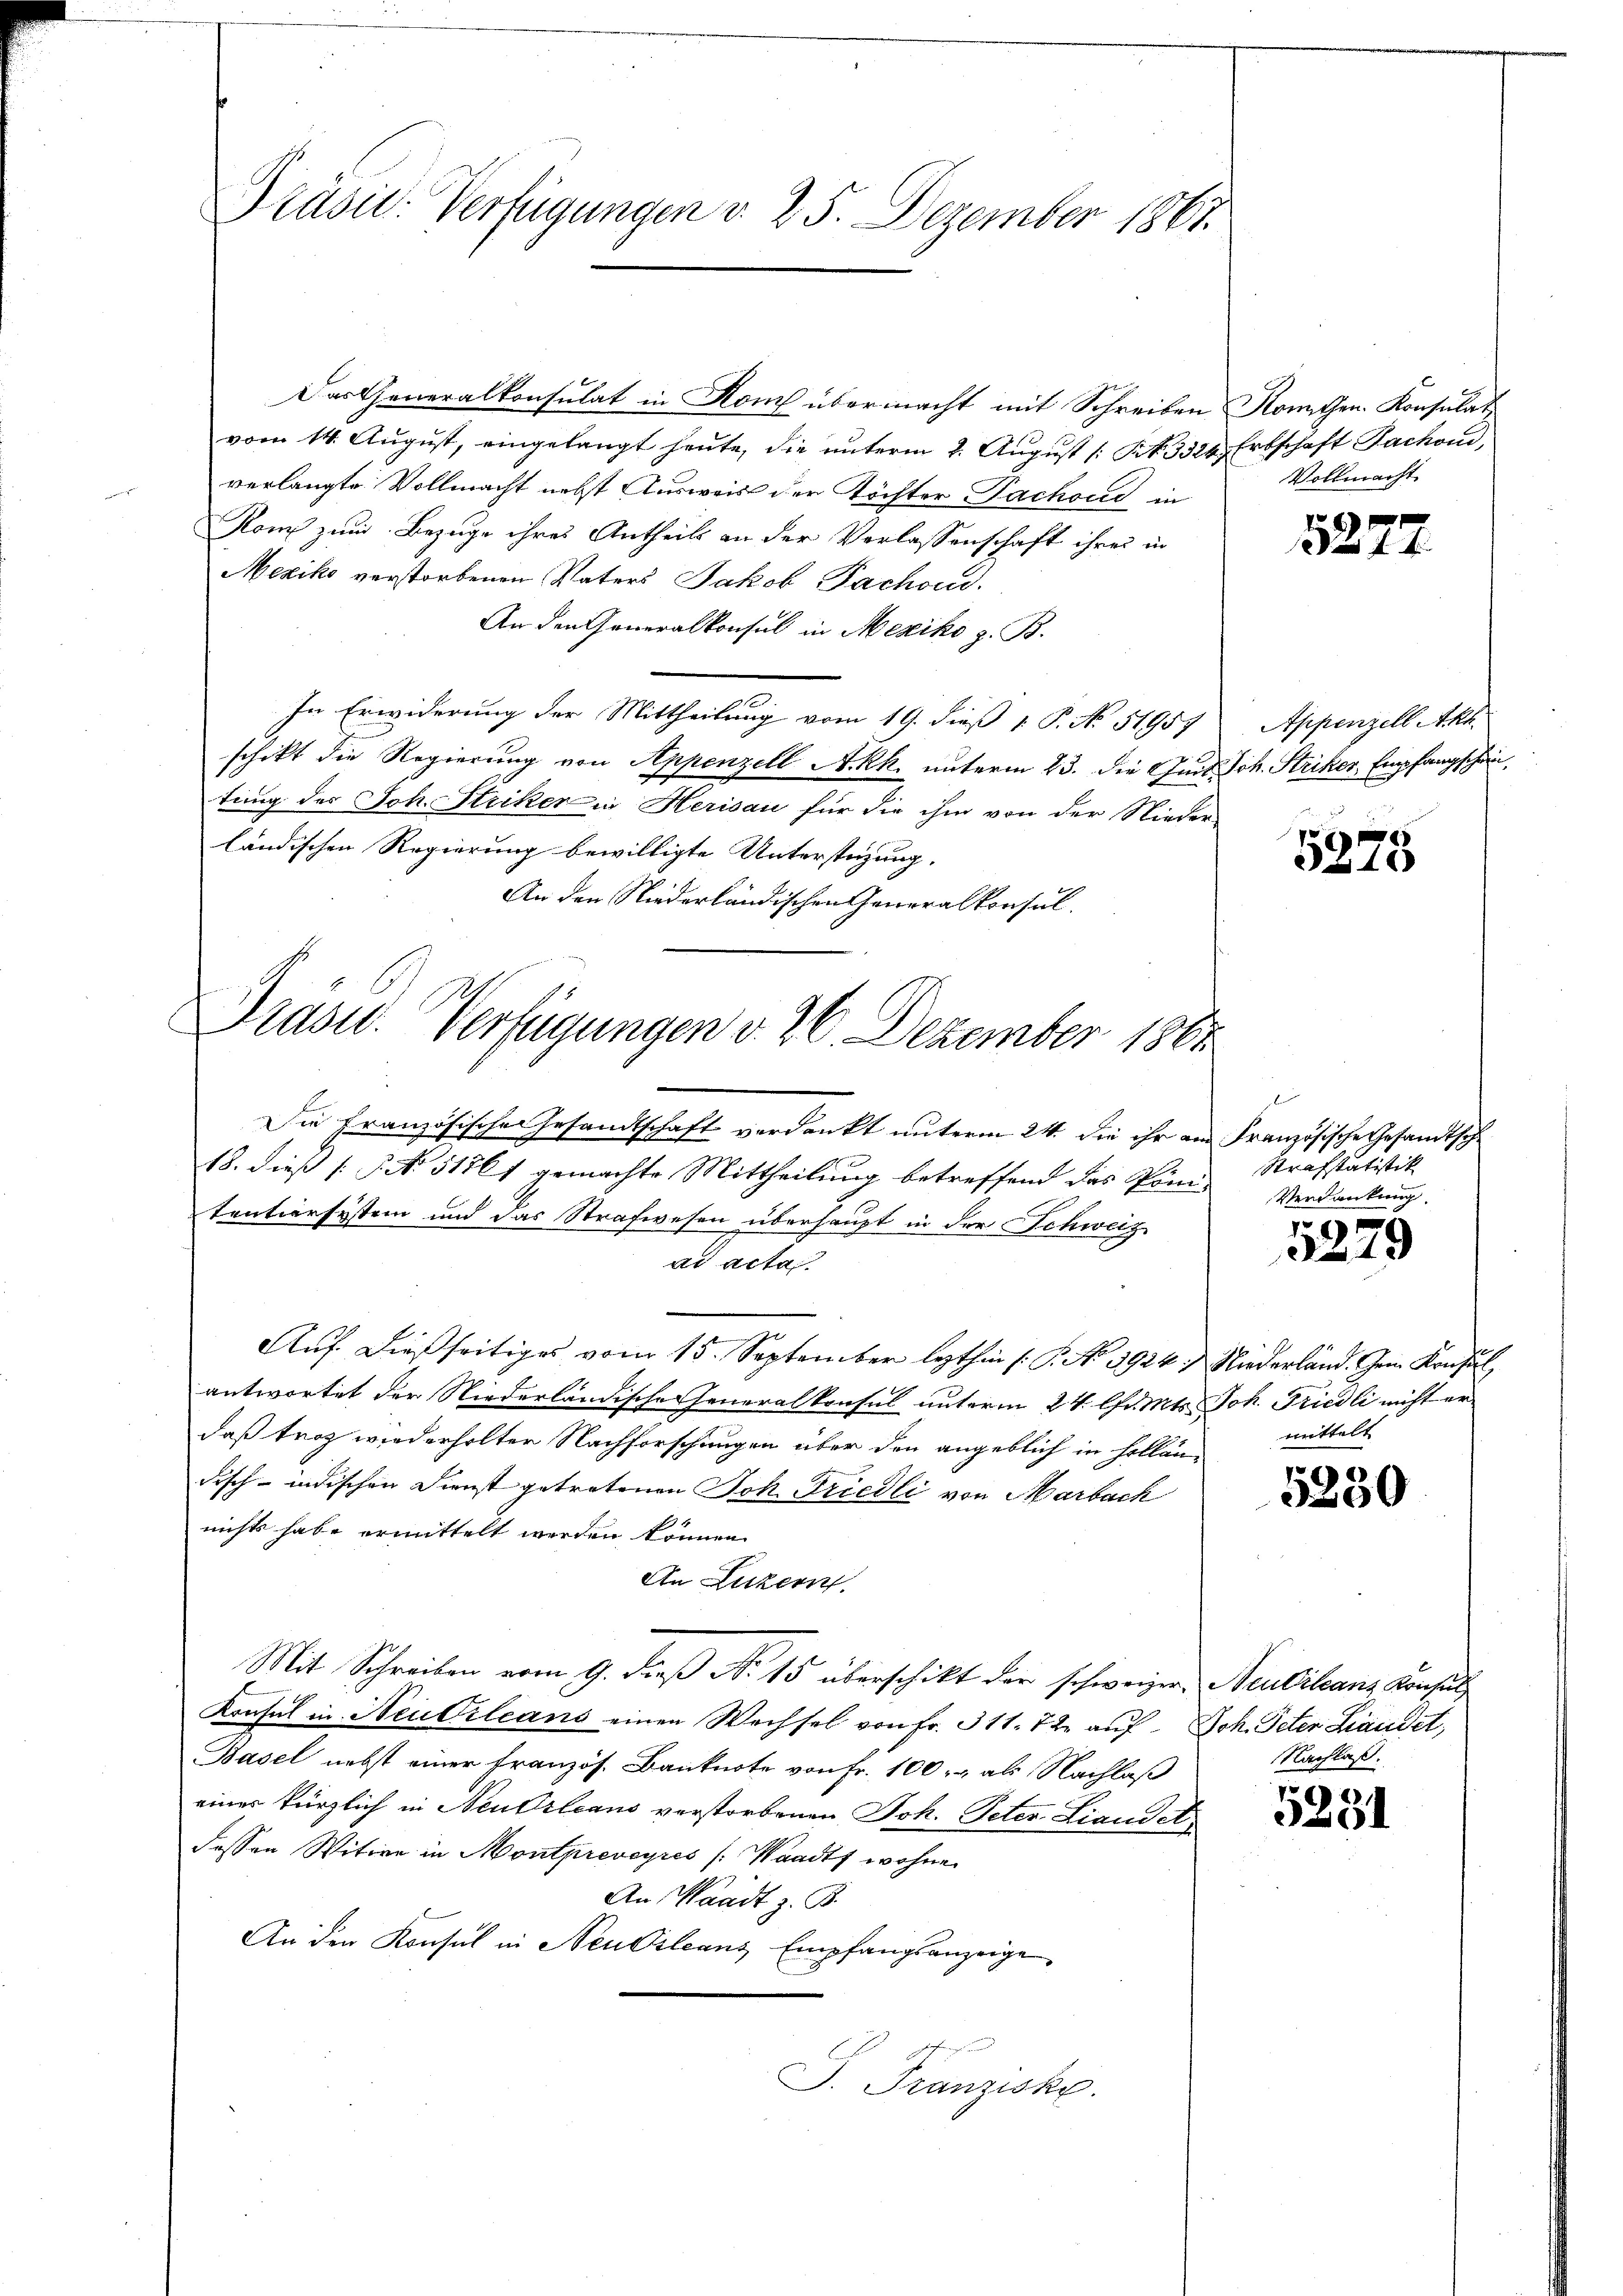
Präsid. Verfügungen v. 25. Dezember 1861.

Präsid.. Verfügungen v. 26. Dezember 1864

Das Generalkonsulat in Rom übermacht mit Schreiben Komithen. Konsulat
vom 14. August, eingelangt heute, die unterm 2. August (Art. 3324, Erbschaft Sachend,
verlangte Vollmacht nebst Ausweis der Töchter Pachoud in
Kom zum Bezuge ihres Antheils an der Verlassenschaft ihres in
Mexiko verstorbenen Vaters Jakob Fachend.
An den Generalkonsul in Mexiko z. B.
In Erwiderung der Mittheilung vom 19. dieß 1 P. No. 51959
schikt die Regierung von Appenzell A.Rh. unterm 23. die Quit Joh. Striker, Empfangschen,
tung des Joh. Striker in Herisau für die ihm von der Nieder-
ländischen Regierung bewilligte Unterstüzung.
An den Niederländischen Generalkonsul

Die Französische Gesandtschaft verdankt unterm 24. die ihr am
18. dieß [§ No. 51761 gemachte Mittheilung betreffend das Pömi-
tentiersystem und das Strafwesen überhaupt in der Schweiz
ad acta
Auf dießseitiges vom 15. September lezthin P. No 3924.) Niederländ. Gem. Konsul
antwortet der Niederländische Generalkonsul unterm 24. Chr. Mts. Joh. Friedli nicht er
daß trag wiederholter Nachforschungen über den angeblich in Hollän¬
Fisch-indischen Dienst getretenen Joh. Friedli von Marback
nichts habe ermittelt worden können.
An Luzern,
Mit Schreiben vom 9. dieß No 15 überschikt der schweizer. Neubilanz Konsul
Konsul in Neubileans einen Wechsel von Fr. 311. 72. aŭf Joh. Peter Landet,
Basel nebst einer Französ. Banknote von Fr. 100. als Nachlaß
einer kürzlich in Neukrleans verstorbenen Joh. Peter Landet
dessen Witwe in Montpreveyres (Waadt wohne
An Waadt z. B.
An den Konsul in Neubsleanz Empfangsanzeige
S. Franziske.

Vollmacht

1277

Appenzell Akt

5275

e
Französische Gesandtsche
Strafstatistik
Verdankung.

5279

mittelt

5230

Nachlaß.

5231